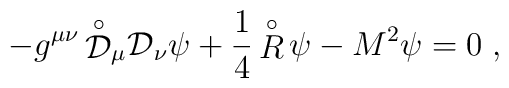
- g^{\mu \nu} \, {\stackrel{\circ}{\mathcal D}}{}_{\mu} {\mathcal D}{}_{\nu} \psi+ \frac{1}{4} \, {\stackrel{\circ}{R}} \, \psi - M^2 \psi = 0 \; ,